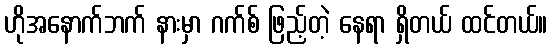
ဟိုအနောက်ဘက် နားမှာ ဂက်စ် ဖြည့်တဲ့ နေရာ ရှိတယ် ထင်တယ်။